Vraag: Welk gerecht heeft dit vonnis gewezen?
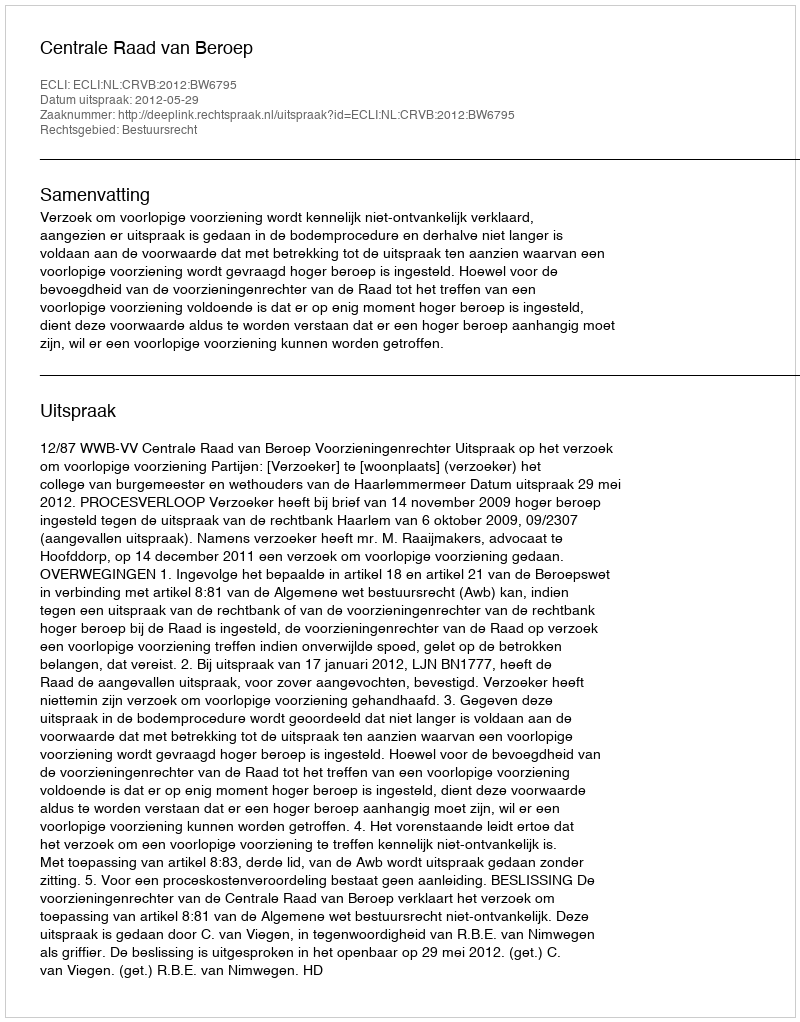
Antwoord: Centrale Raad van Beroep